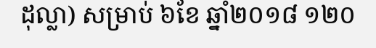
ដុល្លា) សម្រាប់ ៦ខែ ឆ្នាំ២០១៨ ១២០